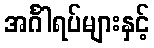
အင်္ဂါရပ်များနှင့်